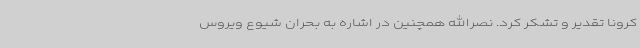
کرونا تقدیر و تشکر کرد. نصرالله همچنین در اشاره به بحران شیوع ویروس